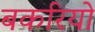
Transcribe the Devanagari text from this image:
बकरियो